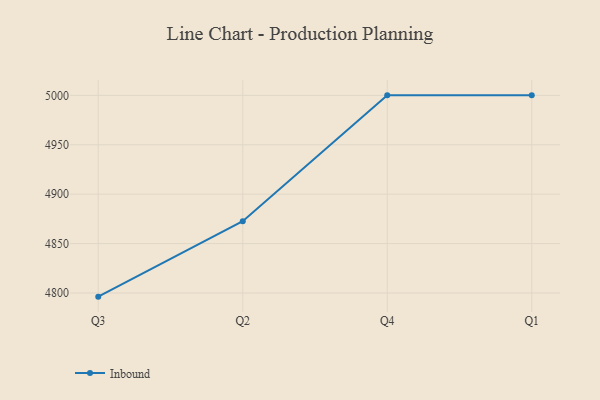
{"axis": {"x": "Quarter", "y": "Backlog"}, "legend": ["Inbound"], "data": [{"x": "Q3", "y": 4796.3, "type": "Inbound"}, {"x": "Q2", "y": 4872.6, "type": "Inbound"}, {"x": "Q4", "y": 5000, "type": "Inbound"}, {"x": "Q1", "y": 5000, "type": "Inbound"}]}